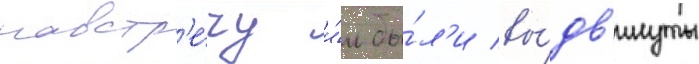
навстр'е́чу и́м бы́л'и вы́дв'инуты